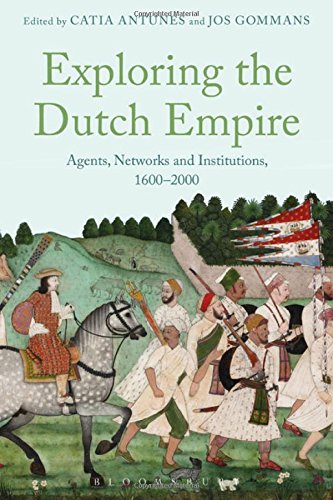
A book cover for Exploring the Dutch Empire: Agents, Networks and Institutions, 1600-2000; History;